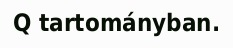
Q tartományban.